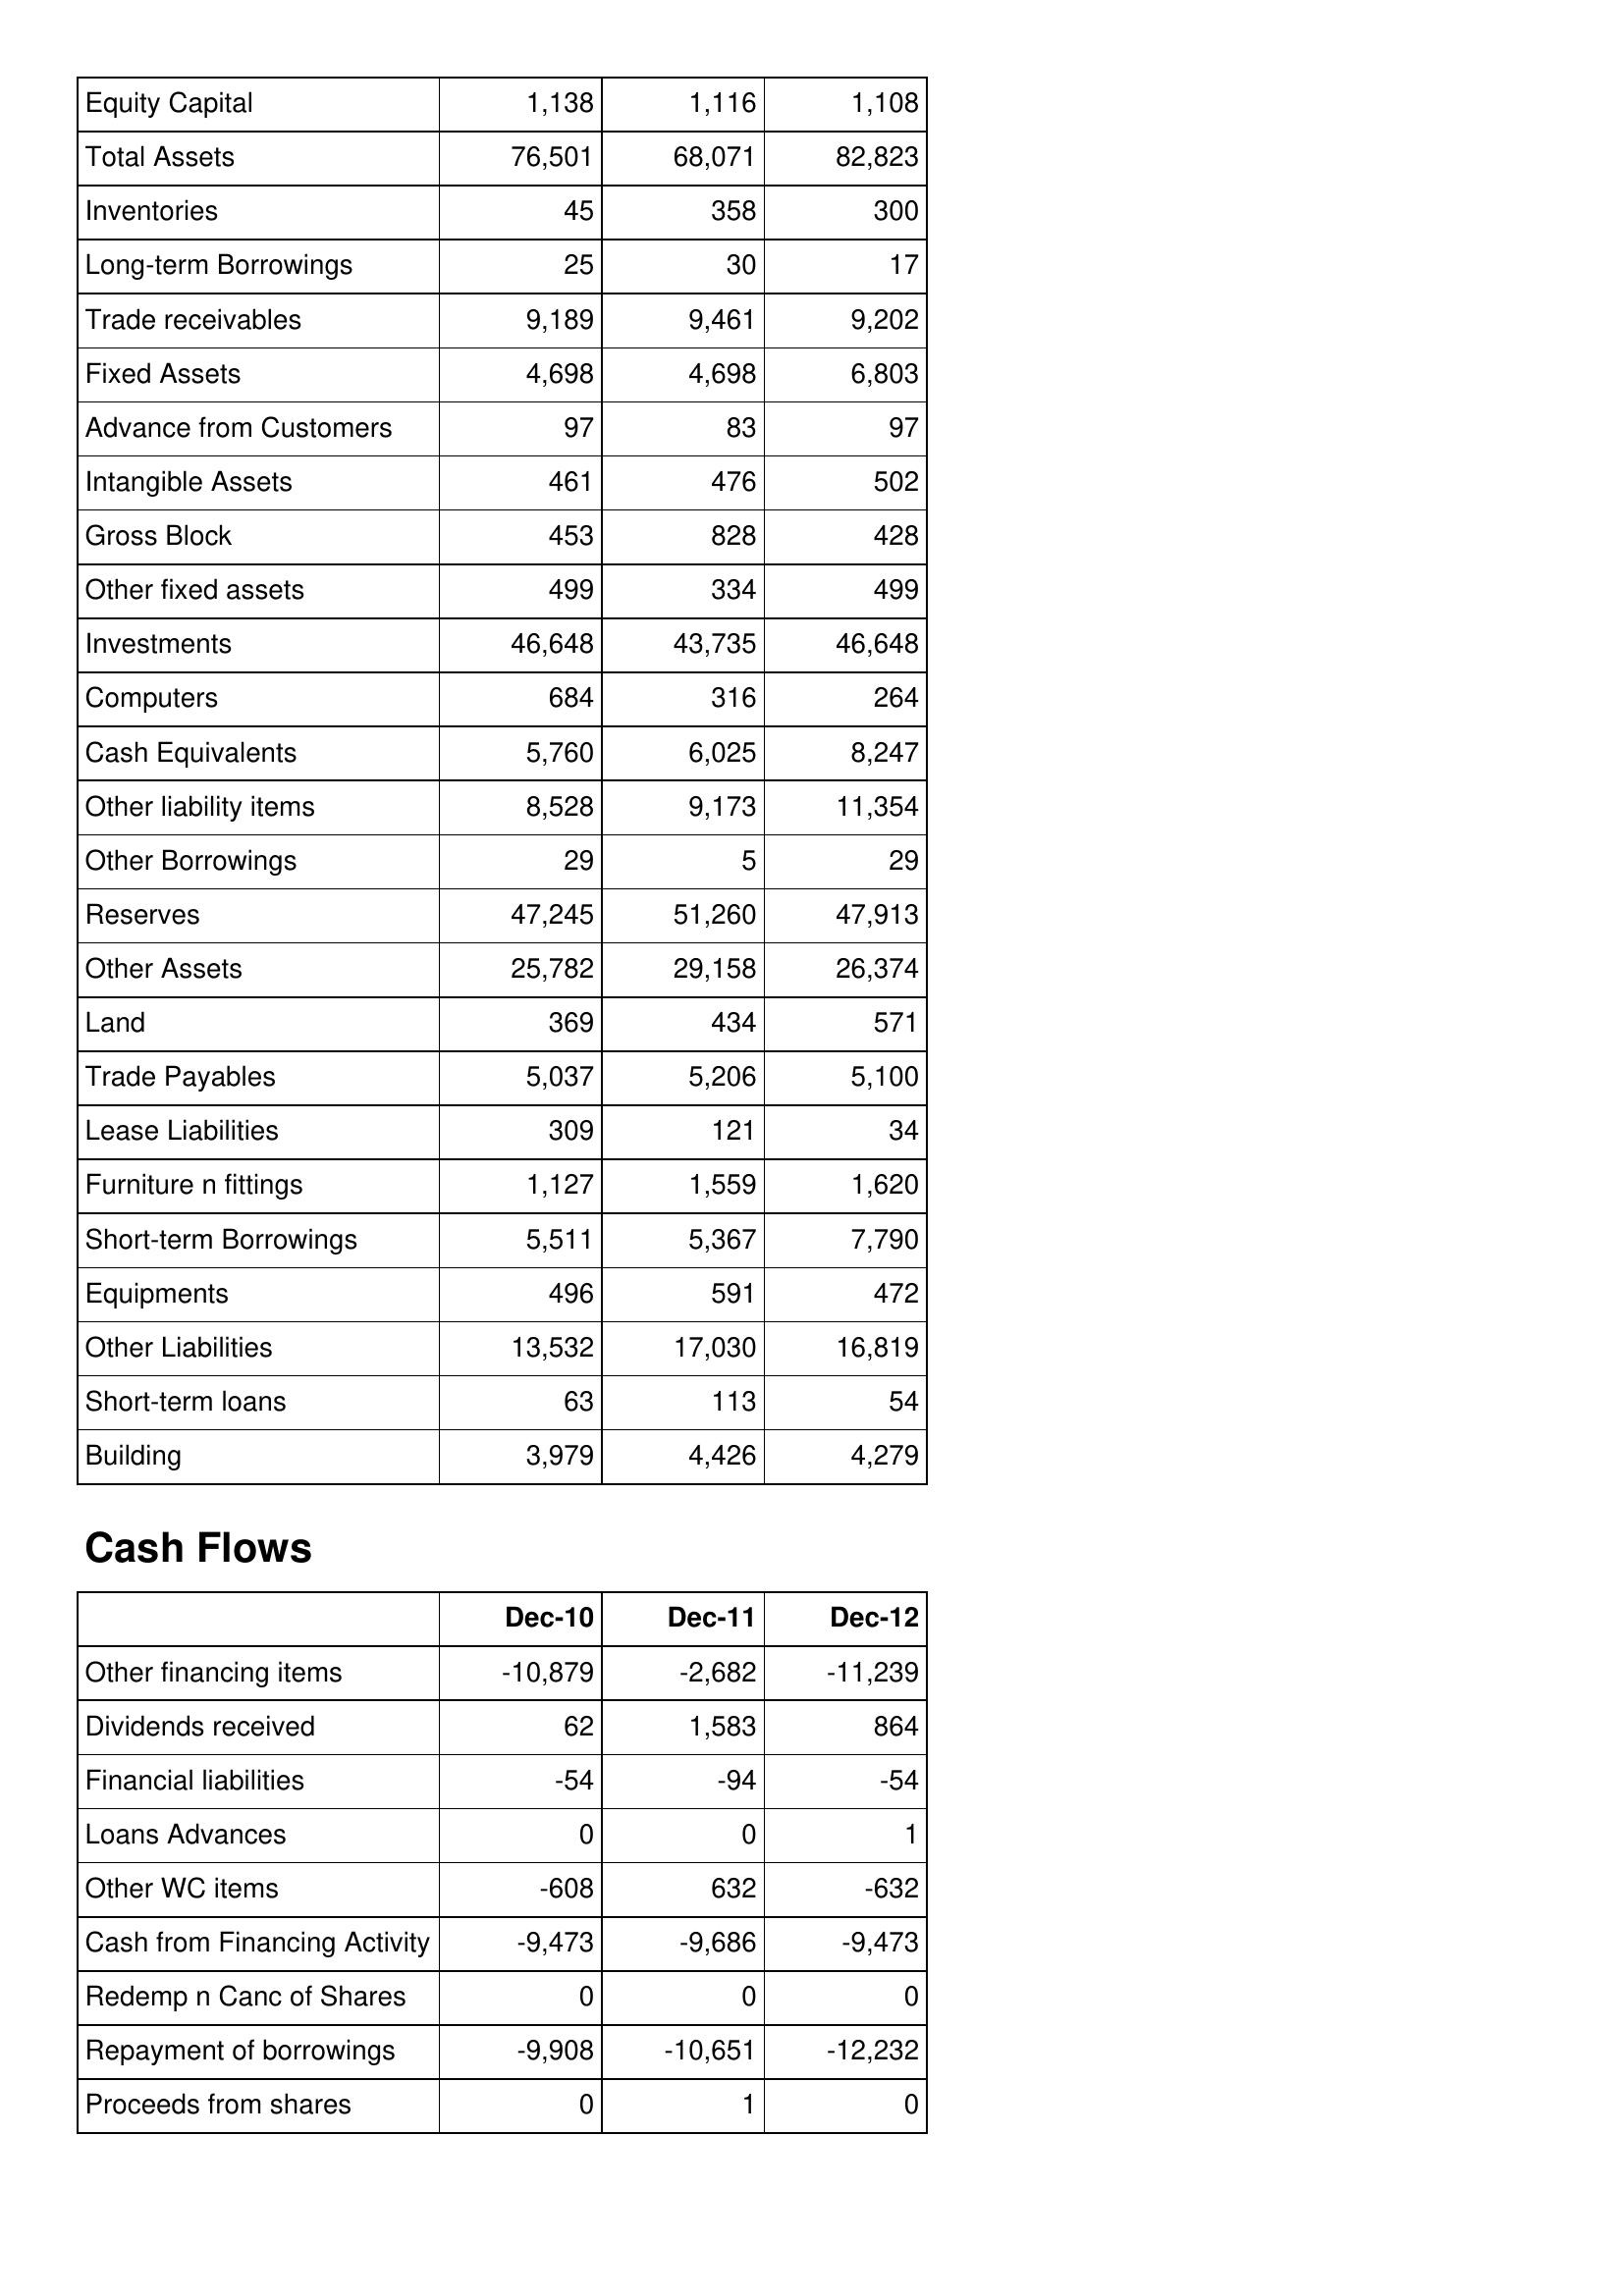
Dec-10: Balance Sheet: Equity Capital: 1,138
Total Assets: 76,501
Inventories: 45
Long-term Borrowings: 25
Trade receivables: 9,189
Fixed Assets: 4,698
Advance from Customers: 97
Intangible Assets: 461
Gross Block: 453
Other fixed assets: 499
Investments: 46,648
Computers: 684
Cash Equivalents: 5,760
Other liability items: 8,528
Other Borrowings: 29
Reserves: 47,245
Other Assets: 25,782
Land: 369
Trade Payables: 5,037
Lease Liabilities: 309
Furniture n fittings: 1,127
Short-term Borrowings: 5,511
Equipments: 496
Other Liabilities: 13,532
Short-term loans: 63
Building: 3,979
Cash Flows: Other financing items: -10,879
Dividends received: 62
Financial liabilities: -54
Loans Advances: 0
Other WC items: -608
Cash from Financing Activity: -9,473
Redemp n Canc of Shares: 0
Repayment of borrowings: -9,908
Proceeds from shares: 0
Dec-11: Balance Sheet: Equity Capital: 1,116
Total Assets: 68,071
Inventories: 358
Long-term Borrowings: 30
Trade receivables: 9,461
Fixed Assets: 4,698
Advance from Customers: 83
Intangible Assets: 476
Gross Block: 828
Other fixed assets: 334
Investments: 43,735
Computers: 316
Cash Equivalents: 6,025
Other liability items: 9,173
Other Borrowings: 5
Reserves: 51,260
Other Assets: 29,158
Land: 434
Trade Payables: 5,206
Lease Liabilities: 121
Furniture n fittings: 1,559
Short-term Borrowings: 5,367
Equipments: 591
Other Liabilities: 17,030
Short-term loans: 113
Building: 4,426
Cash Flows: Other financing items: -2,682
Dividends received: 1,583
Financial liabilities: -94
Loans Advances: 0
Other WC items: 632
Cash from Financing Activity: -9,686
Redemp n Canc of Shares: 0
Repayment of borrowings: -10,651
Proceeds from shares: 1
Dec-12: Balance Sheet: Equity Capital: 1,108
Total Assets: 82,823
Inventories: 300
Long-term Borrowings: 17
Trade receivables: 9,202
Fixed Assets: 6,803
Advance from Customers: 97
Intangible Assets: 502
Gross Block: 428
Other fixed assets: 499
Investments: 46,648
Computers: 264
Cash Equivalents: 8,247
Other liability items: 11,354
Other Borrowings: 29
Reserves: 47,913
Other Assets: 26,374
Land: 571
Trade Payables: 5,100
Lease Liabilities: 34
Furniture n fittings: 1,620
Short-term Borrowings: 7,790
Equipments: 472
Other Liabilities: 16,819
Short-term loans: 54
Building: 4,279
Cash Flows: Other financing items: -11,239
Dividends received: 864
Financial liabilities: -54
Loans Advances: 1
Other WC items: -632
Cash from Financing Activity: -9,473
Redemp n Canc of Shares: 0
Repayment of borrowings: -12,232
Proceeds from shares: 0